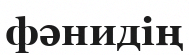
фәнидің